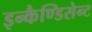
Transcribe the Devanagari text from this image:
इन्कैण्डिसेन्ट